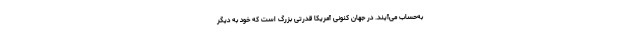
به‌حساب می‌آیند. در جهان کنونی آمریکا قدرتی بزرگ است که خود به دیگر